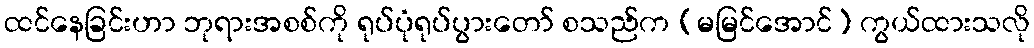
ထင်နေခြင်းဟာ ဘုရားအစစ်ကို ရုပ်ပုံရုပ်ပွားတော် စသည်က (မမြင်အောင်) ကွယ်ထားသလို